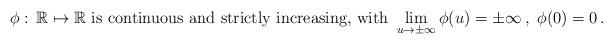
LaTeX: \begin{align*}\phi : \, \mathbb{R} \mapsto \mathbb{R} \ \textrm{is continuous and strictly increasing, with } \lim_{u\to\pm\infty} \phi(u)=\pm\infty \, , \ \phi(0)=0 \, .\end{align*}